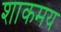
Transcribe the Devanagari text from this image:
शाकमय